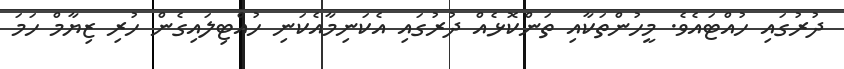
ދުރުގައި ހުއްޓައެވެ. މީހުންތަކާއި ތަންކޮޅެއް ދުރުގައި އެކަނިމާއެކަނި ހުއްޓިލައިގެން ހުރި ޒިޔާމް ހަމަ